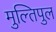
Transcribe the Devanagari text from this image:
मुल्तिपुल